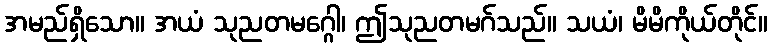
အမည်ရှိသော။ အယံ သုညတမဂ္ဂေါ၊ ဤသုညတမဂ်သည်။ သယံ၊ မိမိကိုယ်တိုင်။